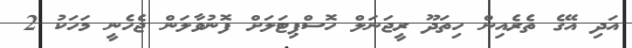
އަދި އޭގެ ތެރެއިން ހިތަދޫ ރީޖަނަލް ހޮސްޕިޓަލަށް ފޮނުވާލަން ޖެހެނީ މަހަކު 2